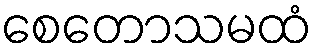
စေတောသမထံ